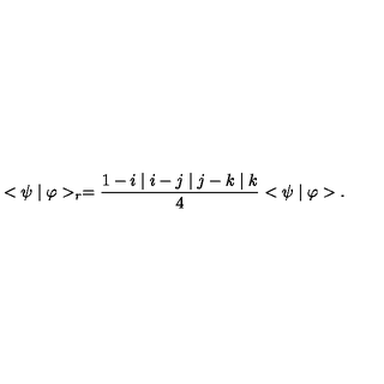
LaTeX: < \psi \mid \varphi > _ { r } = \frac { 1 - i \mid i - j \mid j - k \mid k } { 4 } < \psi \mid \varphi > .